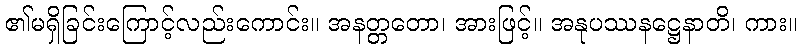
၏မရှိခြင်းကြောင့်လည်းကောင်း။ အနတ္တတော၊ အားဖြင့်။ အနုပဿနဋ္ဌေနာတိ၊ ကား။